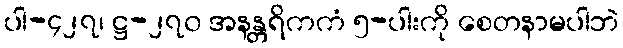
ပါ-၄၂၇၊ ဋ္ဌ-၂၇၀ အနန္တရိကကံ ၅-ပါးကို စေတနာမပါဘဲ